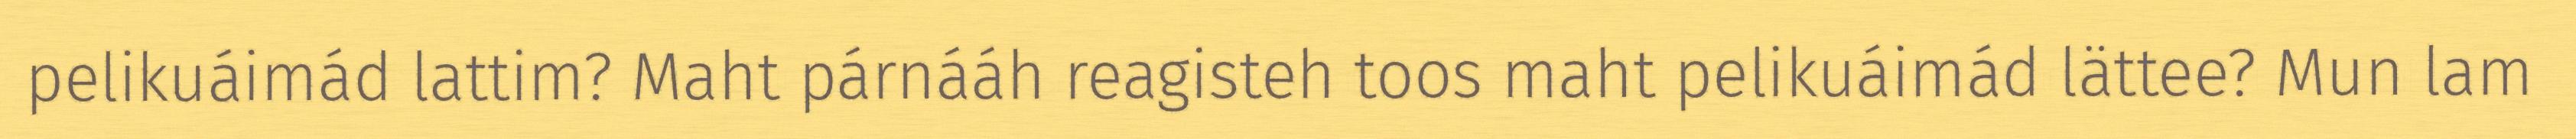
pelikuáimád lattim? Maht párnááh reagisteh toos maht pelikuáimád lättee? Mun lam